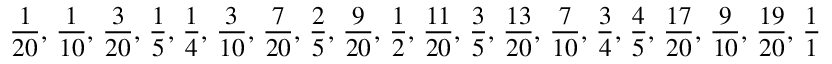
{ \frac { 1 } { 2 0 } } , \, { \frac { 1 } { 1 0 } } , \, { \frac { 3 } { 2 0 } } , \, { \frac { 1 } { 5 } } , \, { \frac { 1 } { 4 } } , \, { \frac { 3 } { 1 0 } } , \, { \frac { 7 } { 2 0 } } , \, { \frac { 2 } { 5 } } , \, { \frac { 9 } { 2 0 } } , \, { \frac { 1 } { 2 } } , \, { \frac { 1 1 } { 2 0 } } , \, { \frac { 3 } { 5 } } , \, { \frac { 1 3 } { 2 0 } } , \, { \frac { 7 } { 1 0 } } , \, { \frac { 3 } { 4 } } , \, { \frac { 4 } { 5 } } , \, { \frac { 1 7 } { 2 0 } } , \, { \frac { 9 } { 1 0 } } , \, { \frac { 1 9 } { 2 0 } } , \, { \frac { 1 } { 1 } }